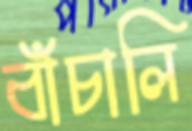
বাঁচালি